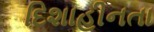
દિશાહીનતા